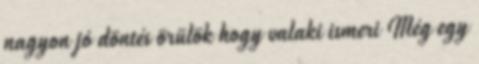
nagyon jó döntés örülök hogy valaki ismeri Még egy